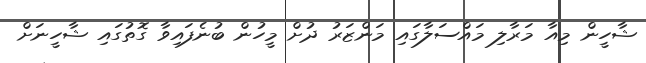
ޝާހީން މިއާ މަރާލި މައްސަލާގައި މަންޒަރު ދުށް މީހުން ބުނެފައިވާ ގޮތުގައި ޝާހީނަށް